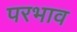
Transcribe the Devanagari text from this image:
परभाव